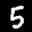
Label: 5